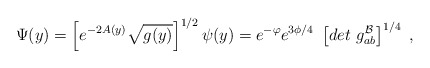
\begin{align*}\Psi (y) = \left[ e^{-2 A(y)} \sqrt{g(y)} \right]^{1/2} \psi(y)= e^{- \varphi} e^{3 \phi/4} ~ \left[ det~g_{ab}^{\cal{B}} \right]^{1/4} ~,\end{align*}